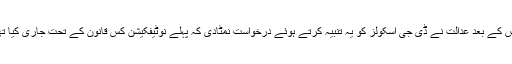
جس کے بعد عدالت نے ڈی جی اسکولز کو یہ تنبیہ کرتے ہوئے درخواست نمٹادی کہ پہلے نوٹیفکیشن کس قانون کے تحت جاری کیا تھا؟